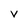
Character: V